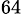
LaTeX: _{64}